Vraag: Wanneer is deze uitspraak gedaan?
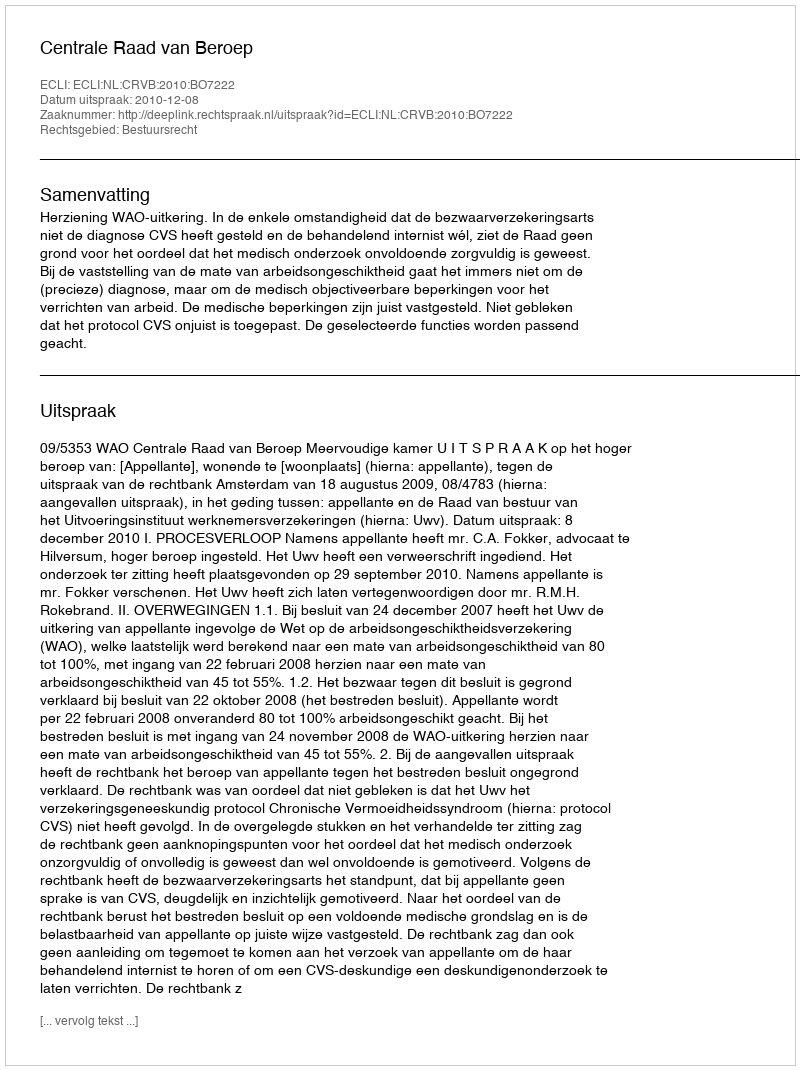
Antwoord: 2010-12-08